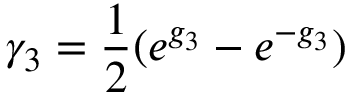
\gamma _ { 3 } = \frac { 1 } { 2 } ( e ^ { g _ { 3 } } - e ^ { - g _ { 3 } } )